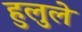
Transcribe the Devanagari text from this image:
हुलुले